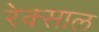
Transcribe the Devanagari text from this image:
रेक्साल